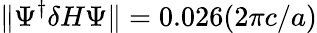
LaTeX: \Vert\Psi^{\dagger}\delta H\Psi\Vert=0.026(2\pi c/a)